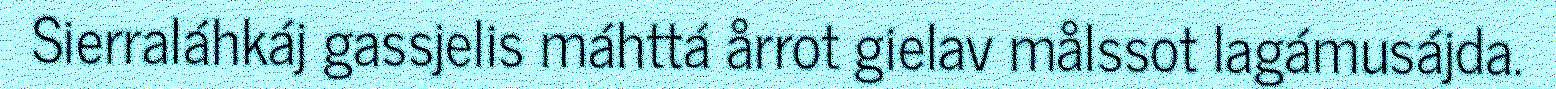
Sierraláhkáj gassjelis máhttá årrot gielav målssot lagámusájda.